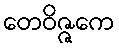
တေဝိဇ္ဇကေ